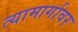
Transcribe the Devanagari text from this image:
त्यामार्गावर